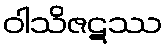
ဝါသိဇဋဿ